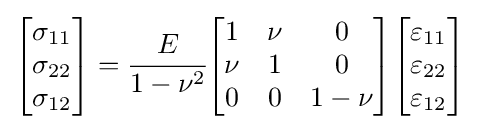
{\begin{bmatrix}\sigma _{11}\\\sigma _{22}\\\sigma _{12}\end{bmatrix}}={\cfrac {E}{1-\nu ^{2}}}{\begin{bmatrix}1&\nu &0\\\nu &1&0\\0&0&1-\nu \end{bmatrix}}{\begin{bmatrix}\varepsilon _{11}\\\varepsilon _{22}\\\varepsilon _{12}\end{bmatrix}}